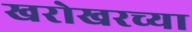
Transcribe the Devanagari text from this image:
खरोखरच्या